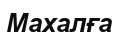
Махалға